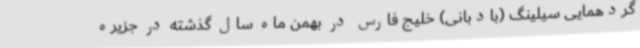
گردهمایی سیلینگ (بادبانی) خلیج فارس در بهمن ماه سال گذشته در جزیره